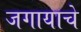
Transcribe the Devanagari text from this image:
जगायाचे